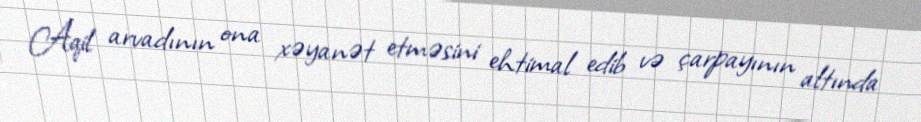
Aqil arvadının ona xəyanət etməsini ehtimal edib və çarpayının altında